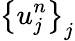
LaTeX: \left\{ u_{j}^{n}\right\} _{j}